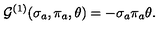
{ \cal G } ^ { ( 1 ) } ( \sigma _ { a } , \pi _ { a } , \theta ) = - \sigma _ { a } \pi _ { a } \theta .